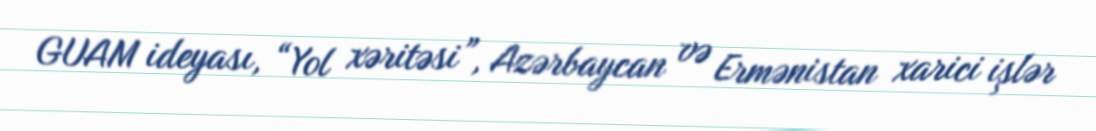
GUAM ideyası, “Yol xəritəsi”, Azərbaycan və Ermənistan xarici işlər